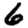
Digit: 6